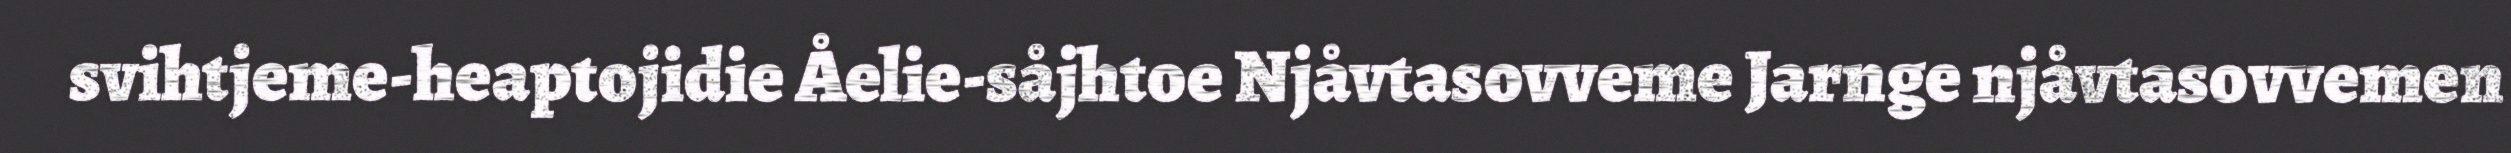
svihtjeme-heaptojidie Åelie-såjhtoe Njåvtasovveme Jarnge njåvtasovvemen